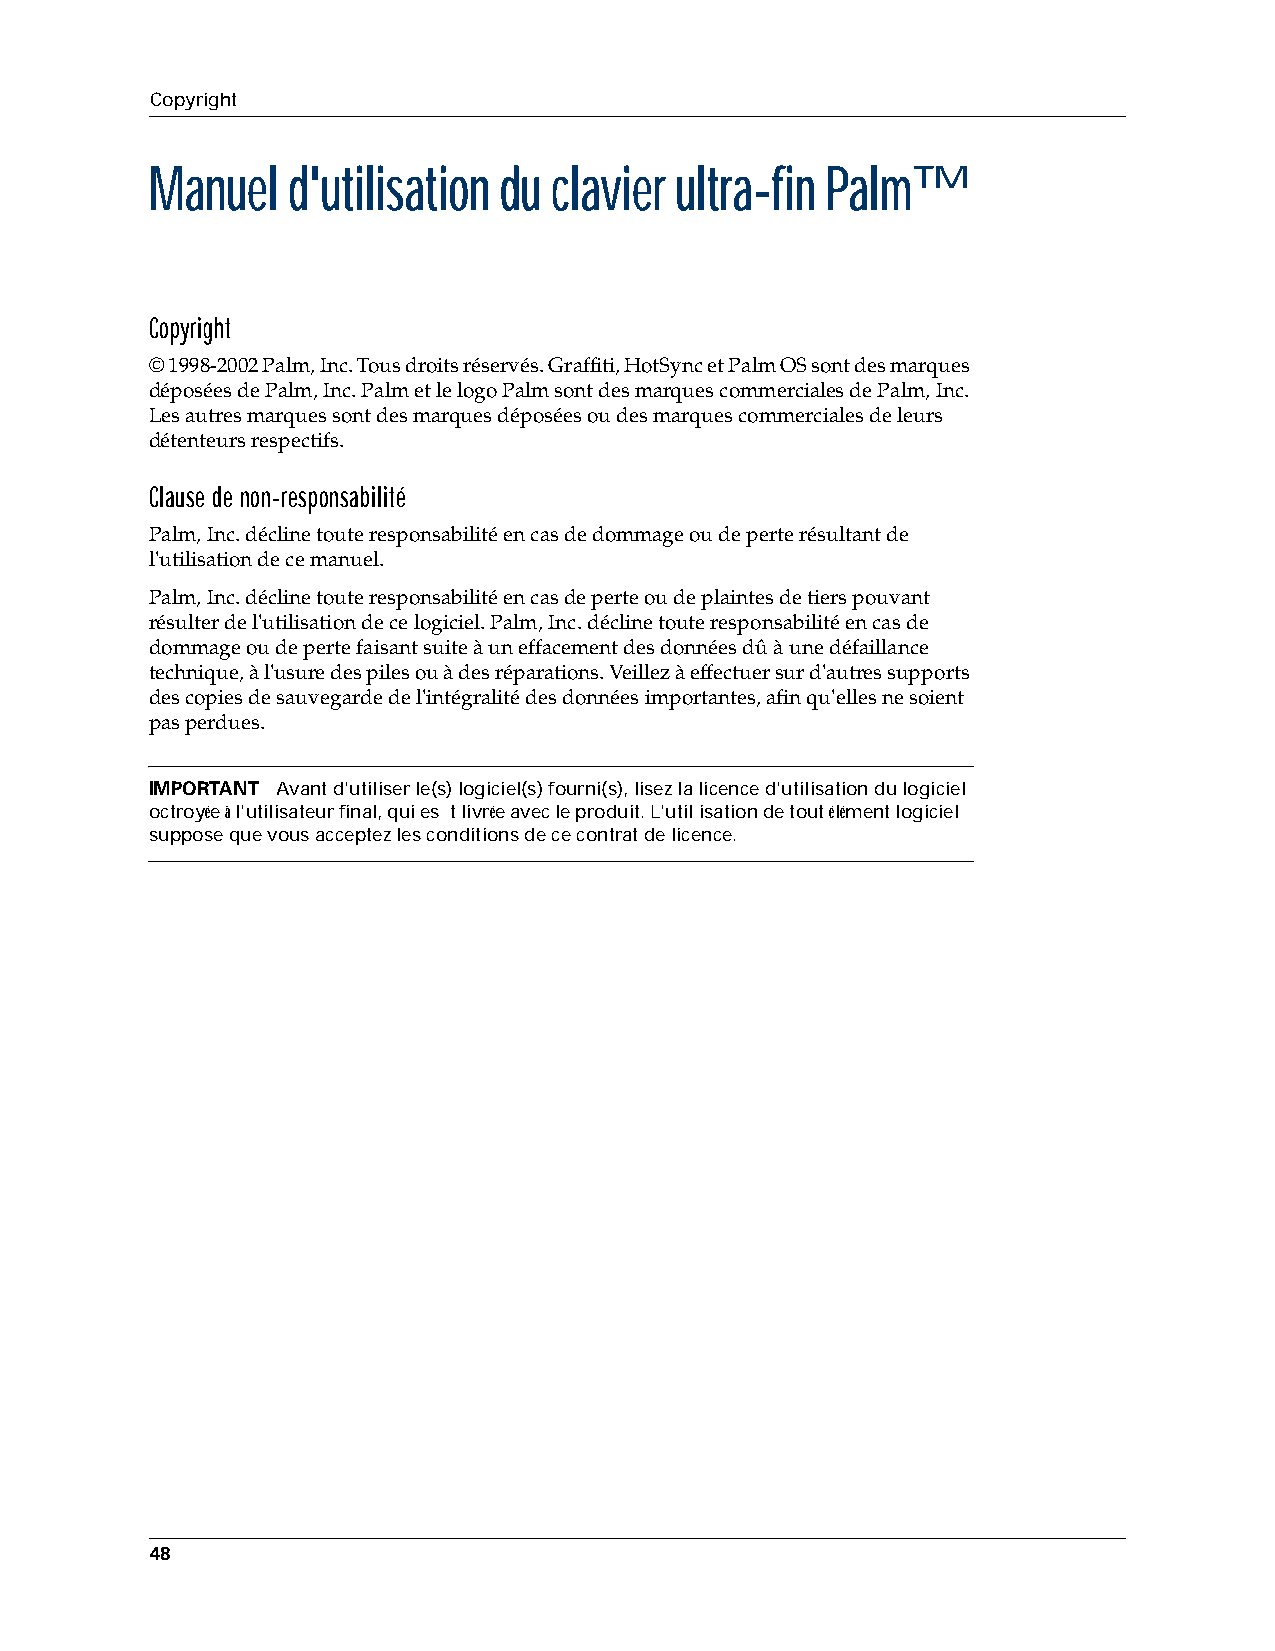
Copyright
 Manuel   d'utilisation du clavier  ultra-fin Palm™
 Copyright
 © 1998-2002 Palm,Inc. Tous droits réservés. Graffiti, HotSync et Palm OS sont des marques
 déposées de Palm,Inc. Palm et le logo Palm sont des marques commerciales de Palm,Inc.
 Les autres marques sont des marques déposées ou des marques commerciales de leurs
 détenteurs respectifs.
 Clause de non-responsabilité
 Palm,Inc. décline toute responsabilité en cas de dommage ou de perte résultant de
 l'utilisation de ce manuel.
 Palm,Inc. décline toute responsabilité en cas de perte ou de plaintes de tiers pouvant
 résulter de l'utilisation de ce logiciel. Palm,Inc. décline toute responsabilité en cas de
 dommage ou de perte faisant suite à un effacement des données dû à une défaillance
 technique, à l'usure des piles ou à des réparations. Veillez à effectuer sur d'autres supports
 des copies de sauvegarde de l'intégralité des données importantes, afin qu'elles ne soient
 pas perdues.
 IMPORTANT Avant d'utiliser le(s) logiciel(s) fourni(s), lisez la licence d'utilisation du logiciel
 octroyée à l'utilisateur final, qui es t livrée avec le produit. L'utilisation de tout élément logiciel
 suppose que vous acceptez les conditions de ce contrat de licence.
 48